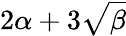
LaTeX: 2\alpha+3\sqrt{\beta}